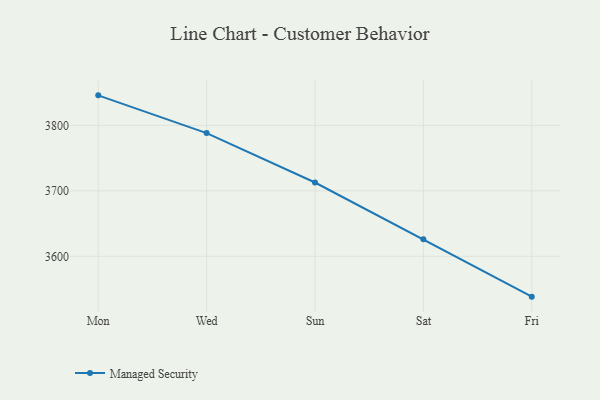
{"axis": {"x": "Day", "y": "Production Output"}, "legend": ["Managed Security"], "data": [{"x": "Mon", "y": 3845.8, "type": "Managed Security"}, {"x": "Wed", "y": 3788.2, "type": "Managed Security"}, {"x": "Sun", "y": 3712.7, "type": "Managed Security"}, {"x": "Sat", "y": 3626.1, "type": "Managed Security"}, {"x": "Fri", "y": 3538.4, "type": "Managed Security"}]}